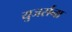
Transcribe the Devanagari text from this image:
युजर्सना